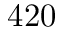
4 2 0